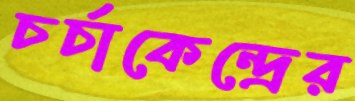
চর্চাকেন্দ্রের